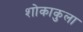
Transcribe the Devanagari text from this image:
शोकाकुला